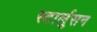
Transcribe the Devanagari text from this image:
स्टार्लुसन